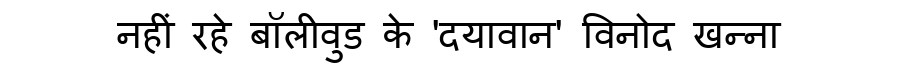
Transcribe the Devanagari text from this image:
नहीं रहे बॉलीवुड के 'दयावान' विनोद खन्ना